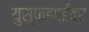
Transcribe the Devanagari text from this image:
युसुफझाईवर